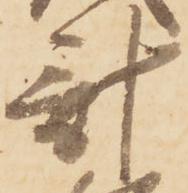
計